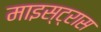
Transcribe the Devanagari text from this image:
माइस्ट्रास